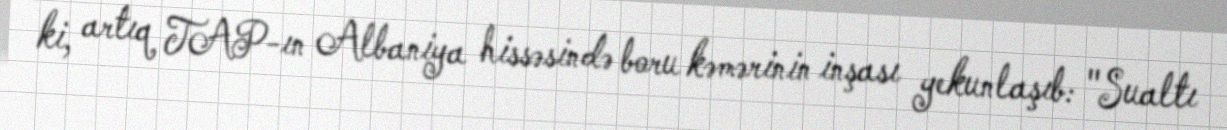
ki, artıq TAP-ın Albaniya hissəsində boru kəmərinin inşası yekunlaşıb: "Sualtı